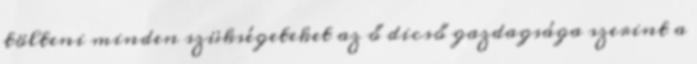
tölteni minden szükségeteket az ő dicső gazdagsága szerint a